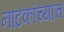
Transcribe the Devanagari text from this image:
नाटकांच्याच